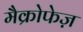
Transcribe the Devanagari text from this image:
मैक्रोफेज़